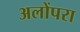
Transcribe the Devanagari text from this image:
अलोंपरा